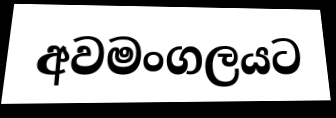
අවමංගලයට